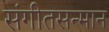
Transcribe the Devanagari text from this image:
संगीतसन्मान